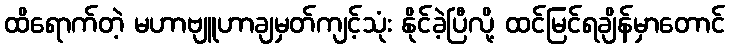
ထိရောက်တဲ့ မဟာဗျူဟာချမှတ်ကျင့်သုံး နိုင်ခဲ့ပြီလို့ ထင်မြင်ရချိန်မှာတောင်